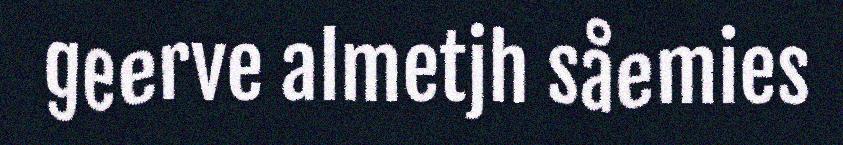
geerve almetjh såemies